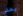
يمنى